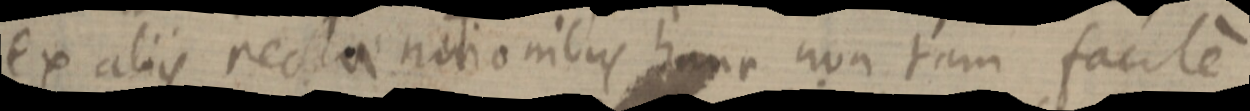
ex aliis rectae notionibus hanc non tam facile